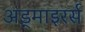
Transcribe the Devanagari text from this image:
अड्माइरर्स